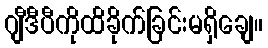
ဂျီဒီပီကိုထိခိုက်ခြင်းမရှိချေ။